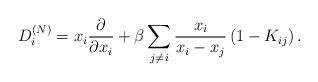
LaTeX: \begin{align*} D_{i}^{(N)}=x_i\frac{\partial}{\partial x_i}+\beta\sum_{j\neq i}\frac{x_i}{x_i-x_j}\left( 1 - K_{ij}\right).\end{align*}